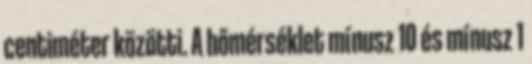
centiméter közötti. A hőmérséklet mínusz 10 és mínusz 1